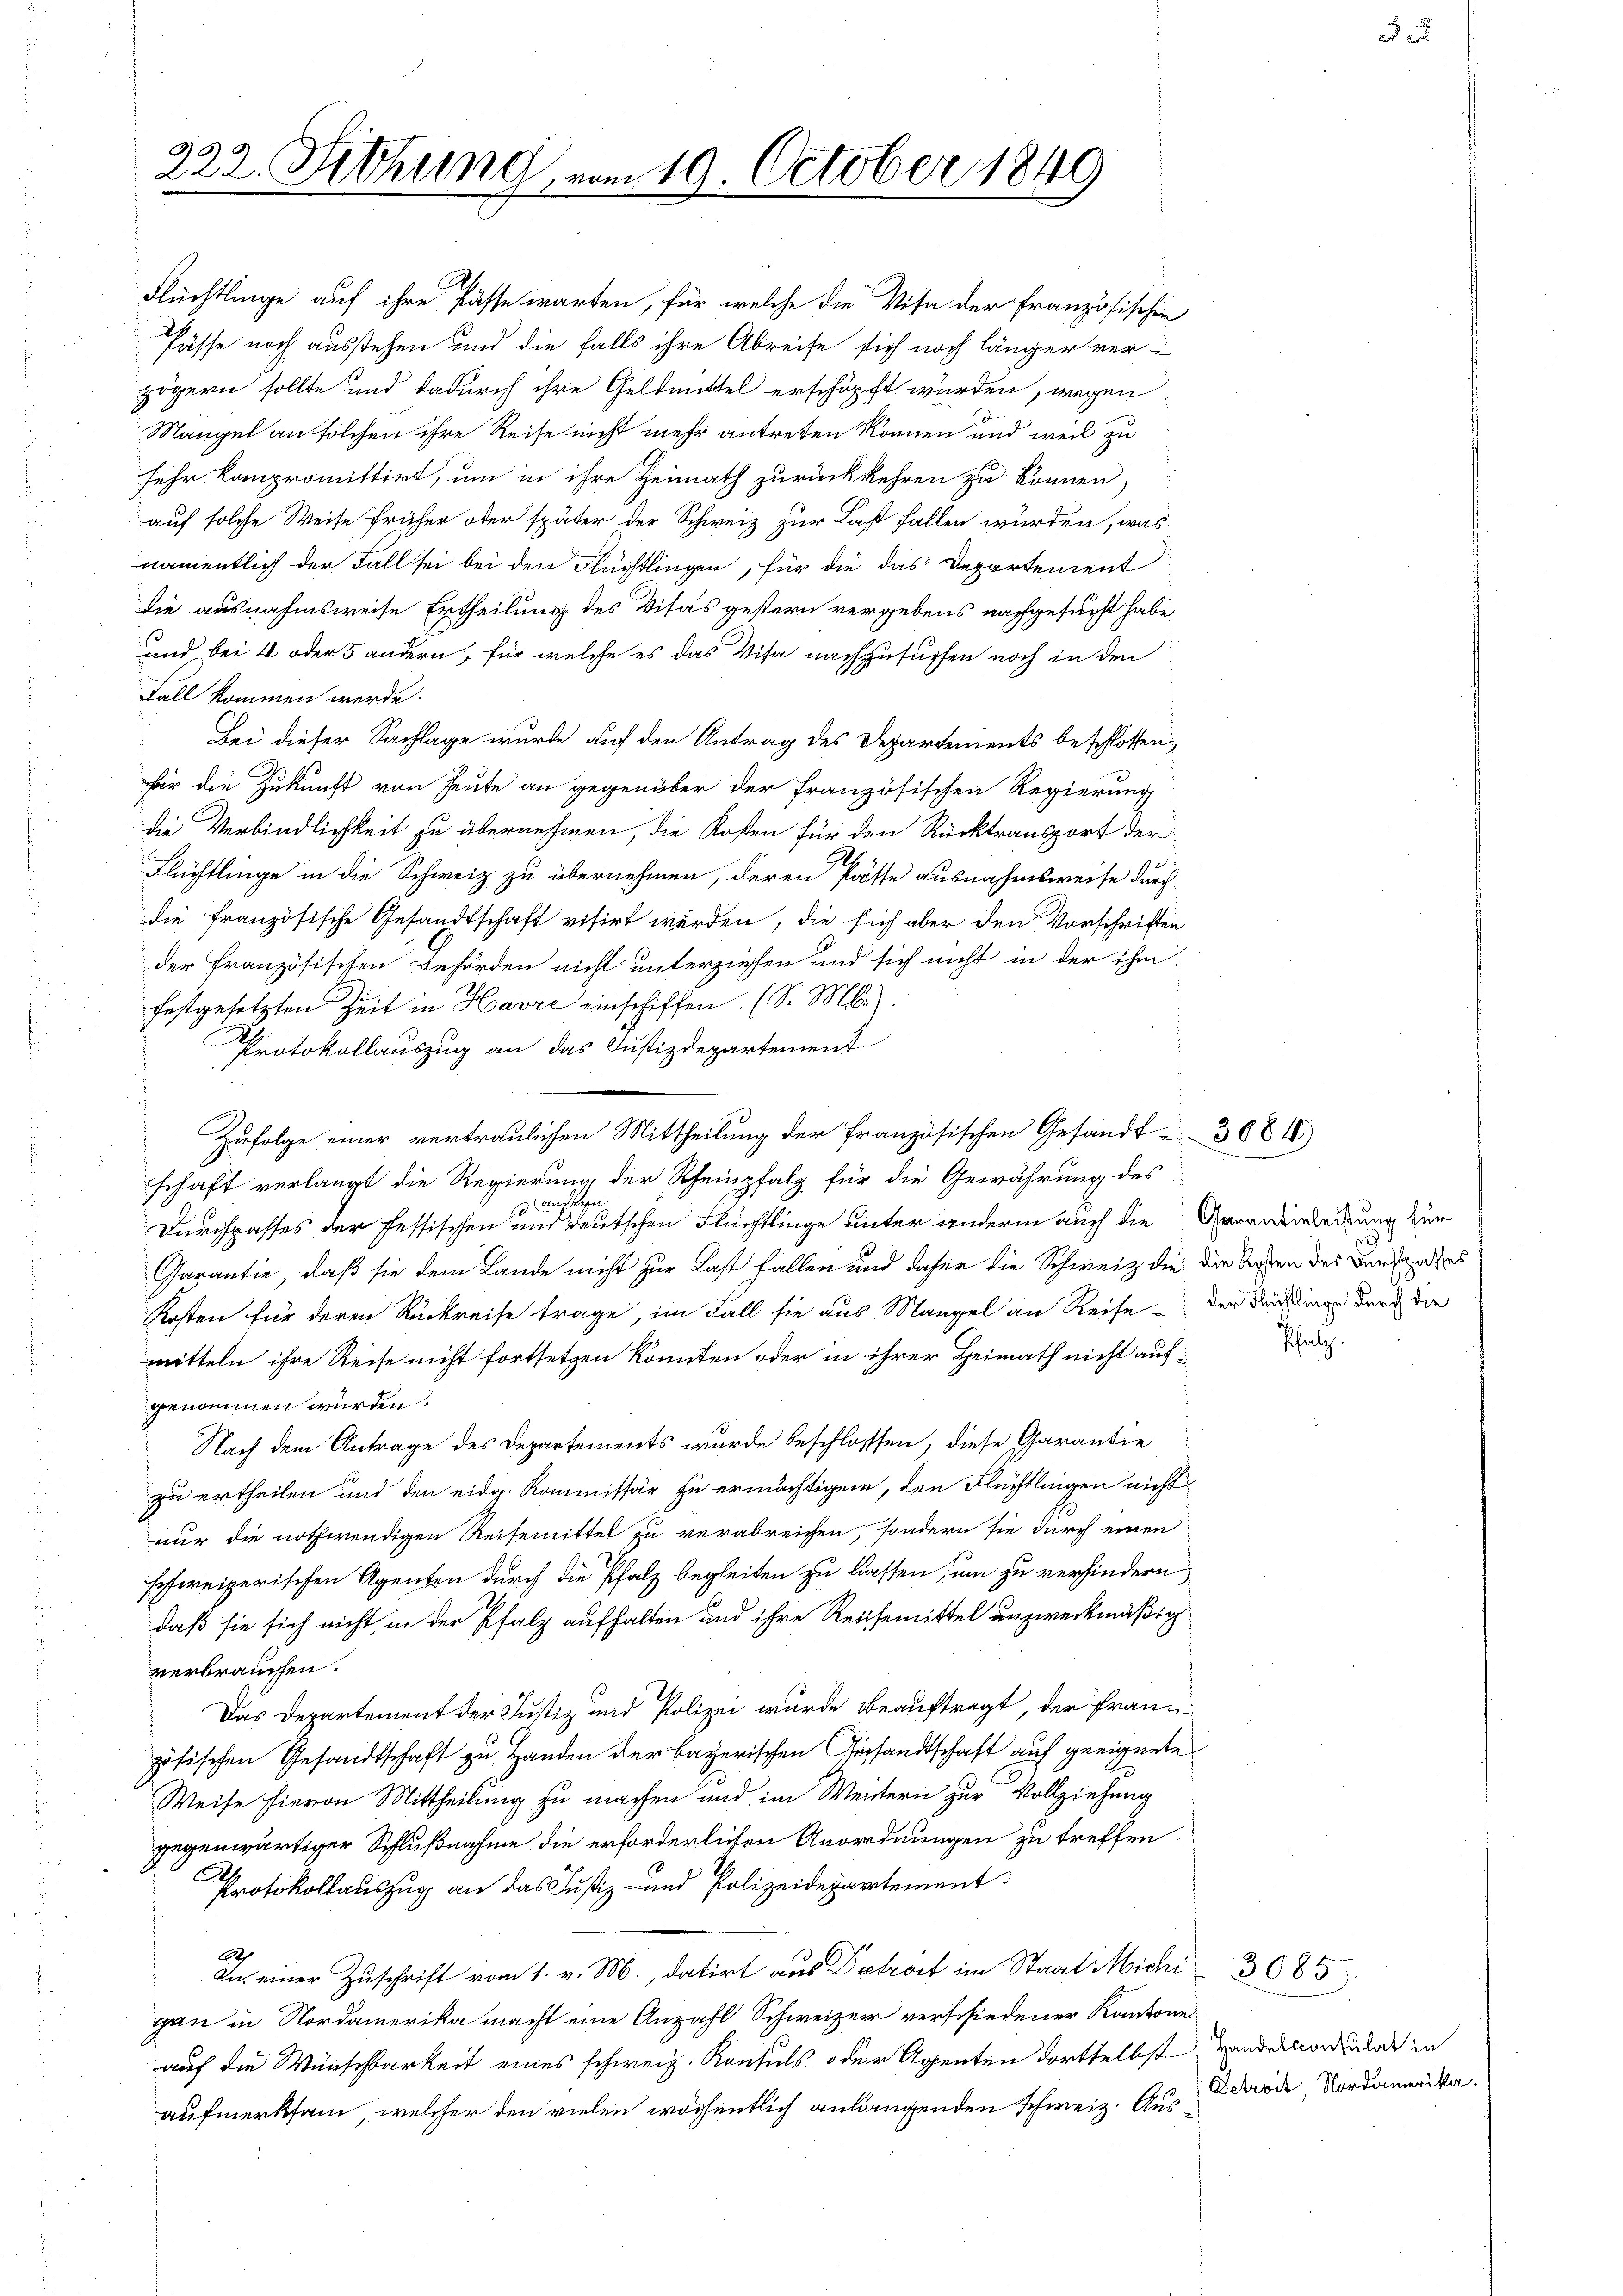
222. Sitzung vom 19. October 1849

Flüchtlinge auf ihre Pässe warten, für welche die Visa der Französischen
Pässe noch ausstehen und die falls ihre Abreise sich noch länger ver-
zögern sollte und dadurch ihre Geldmittel erschöpft wurden, wegen
Mangel an solchen ihre Reise nicht mehr antreten können und weil zu
sehr kompromittirt, um in ihre Heimath zurückkehren zu können,
auf solche Weise früher oder später der Schweiz zur Last fallen würden, was
namentlich der Fall sei bei den Flüchtlingen, für die das Departement
die ausnahmsweise Ertheilung des Visas gestern vergebens nachgesucht habe,
und bei 4 oder 5 andern, für welche es das Visa nachzusuchen noch in den
Fall kommen werde.
 Bei dieser Sachlage wurde auf den Antrag des Departements beschlossen,
für die Zukunft von Heute an gegenüber der französischen Regierung
die Verbindlichkeit zu übernehmen, die Kosten für den Rücktransport der
Flüchtlinge in die Schweiz zu übernehmen, deren Päste ausnahmsweise durch
die französische Gesandtschaft visirt werden, die sich aber den Vorschriften
der Französischen Behörden nicht unterziehen und sich nicht in der ihm
festgesetzten Zeit in Havre einschiffen. (S. M.).
Protokollauszug an das Justizdepartement
schaft verlangt die Regierung der Rheinpfalz für die Gewährung des
den
1
Durchpasses der fessischen und deutschen Flüchtlinge unter anderm auch die Veranterleitung zur
Garantie, daß sie dem Lande nicht zur Last fallen und daher die Schweiz die die Acten des Bundendes
Kosten für deren Rückreise trage, im Fall sie aus Mangel an Reise der Deinen durch die
mitteln ihre Reise nicht fortsetzen könnten oder in ihrer Heimath nicht aufgenommen würden.
Nach dem Antrage des Departements wurde beschlossen, diese Garantie
zu ertheilen und den eidg. Kommissär zu ermächtigen, den Flüchtlingen nicht
nur die nothwendigen Reisemittel zu verabreichen, sondern sie durch einen
schweizerischen Agenten durch die Pfalz begleiten zu lassen, um zu verhindern,
daß sie sich nicht in der Pfalz aufhalten und ihre Reichemittel unzweckmäßigverbrauchen.
Das Departement der Justiz und Polizei wurde beauftragt, der Französischen Gesandtschaft zu Handen der bayerischen Gesandtschaft auf geeignete
Weise hievon Mittheilung zu machen und im Weistern zur Vollziehung
gegenwärtiger Schlußnahme die erforderlichen Anordnungen zu treffen.
Protokollauszug an das Justiz- und Polizeidepartement
Sch
In einer Zuschrift vom 1. v. M., datirt aus Detrost im Staat Michi 3085
gau in Nordamerika macht eine Anzahl Schweizer verschiedener Kantone
auf die Wünschbarkeit eines schweiz. Konsuls, oder Agenten dortselbst
aufmerksam, welcher den vielen wöchentlich anlangenden schweiz. Aus¬

Zufolge einer vertraulichen Mittheilung der französischen Gesandt 3681)

Pfalz.

Handelsconsulat in
Debreit Nordamerika.